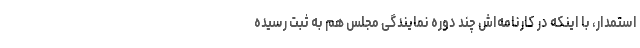
استمدار، با اینکه در کارنامه‌اش چند دوره نمایندگی مجلس هم به ثبت رسیده